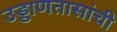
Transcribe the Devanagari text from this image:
उड्डाणतासांची